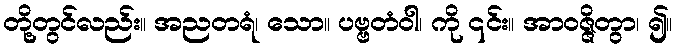
တို့တွင်လည်း။ အညတရံ၊ သော။ ပဗ္ဗတံဝါ၊ ကို ၎င်း။ အာဝဇ္ဇိတွာ၊ ၍။